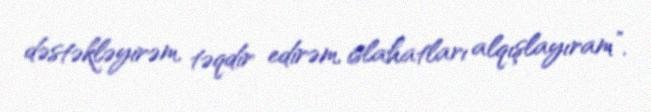
dəstəkləyirəm, təqdir edirəm, islahatları alqışlayıram”.